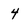
Character: 4